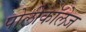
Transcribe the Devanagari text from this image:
पोलीकॉलेज